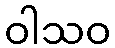
ဝါသဝ